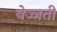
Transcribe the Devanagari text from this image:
बेज्जती